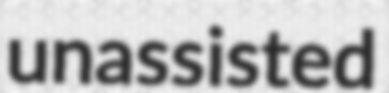
unassisted